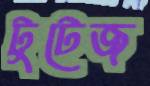
টুটেজ